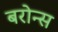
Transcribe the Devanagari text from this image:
बरोन्स